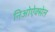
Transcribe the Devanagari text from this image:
निओऐक्सेल